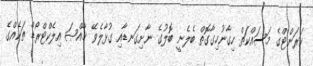
ކަރަންޓްގެ މަސައްކަތް ހިގާނުހިގާގޮތް ބެލެނީ ބޮލުގެ ނާށިގަނޑާއި ގުޅާލެވޭ ޚާއްޞަ އިލެކްޓްރޯޑް ތަކެއްގެ